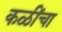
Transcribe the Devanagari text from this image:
कळींचा